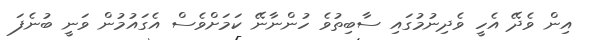
އިން ވެދޭ އެހީ ވެދިނުމުގައި ސާބިތުވެ ހުންނާނޭ ކަމަށްވެސް އެގައުމުން ވަނީ ބުނެފަ